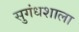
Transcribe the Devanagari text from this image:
सुगंधशाला